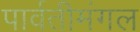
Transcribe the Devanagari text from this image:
पार्वतीमंगल